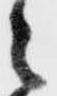
々